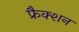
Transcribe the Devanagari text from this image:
फ्रैक्शन